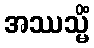
အဿသ္မိံ